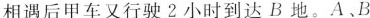
相遇后甲车又行驶2小时到达B地。A﹑B